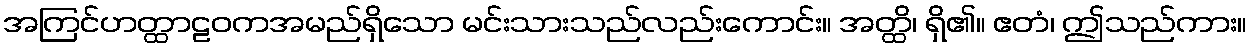
အကြင်ဟတ္ထာဠဝကအမည်ရှိသော မင်းသားသည်လည်းကောင်း။ အတ္ထိ၊ ရှိ၏။ ဧတံ၊ ဤသည်ကား။